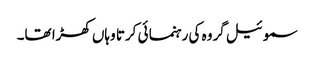
سموئیل گروہ کی رہنما ئی کرتا وہاں کھڑا تھا۔